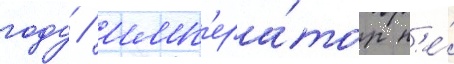
году / имп'ера́тор н'е́